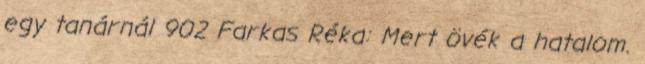
egy tanárnál 902 Farkas Réka: Mert övék a hatalom.